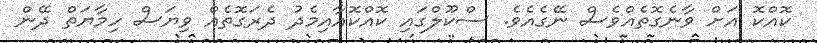
ކޮއްކޮ އަށް ވާނެގޮތެއްވެސް ނޭގެއެވެ. ސްކޫލްގައި ކޮއްކޮއާއިމެދު ދެރަގޮތެއް ވިޔަސް ހިމާޔަތް ދޭން